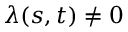
\lambda ( s , t ) \neq 0